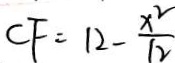
C F = 1 2 - \frac { x ^ { 2 } } { 1 2 }